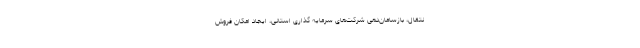
نتقال، بازسامان‌دهی شرکت‌های سرمایه گذاری استانی، ایجاد امکان فروش